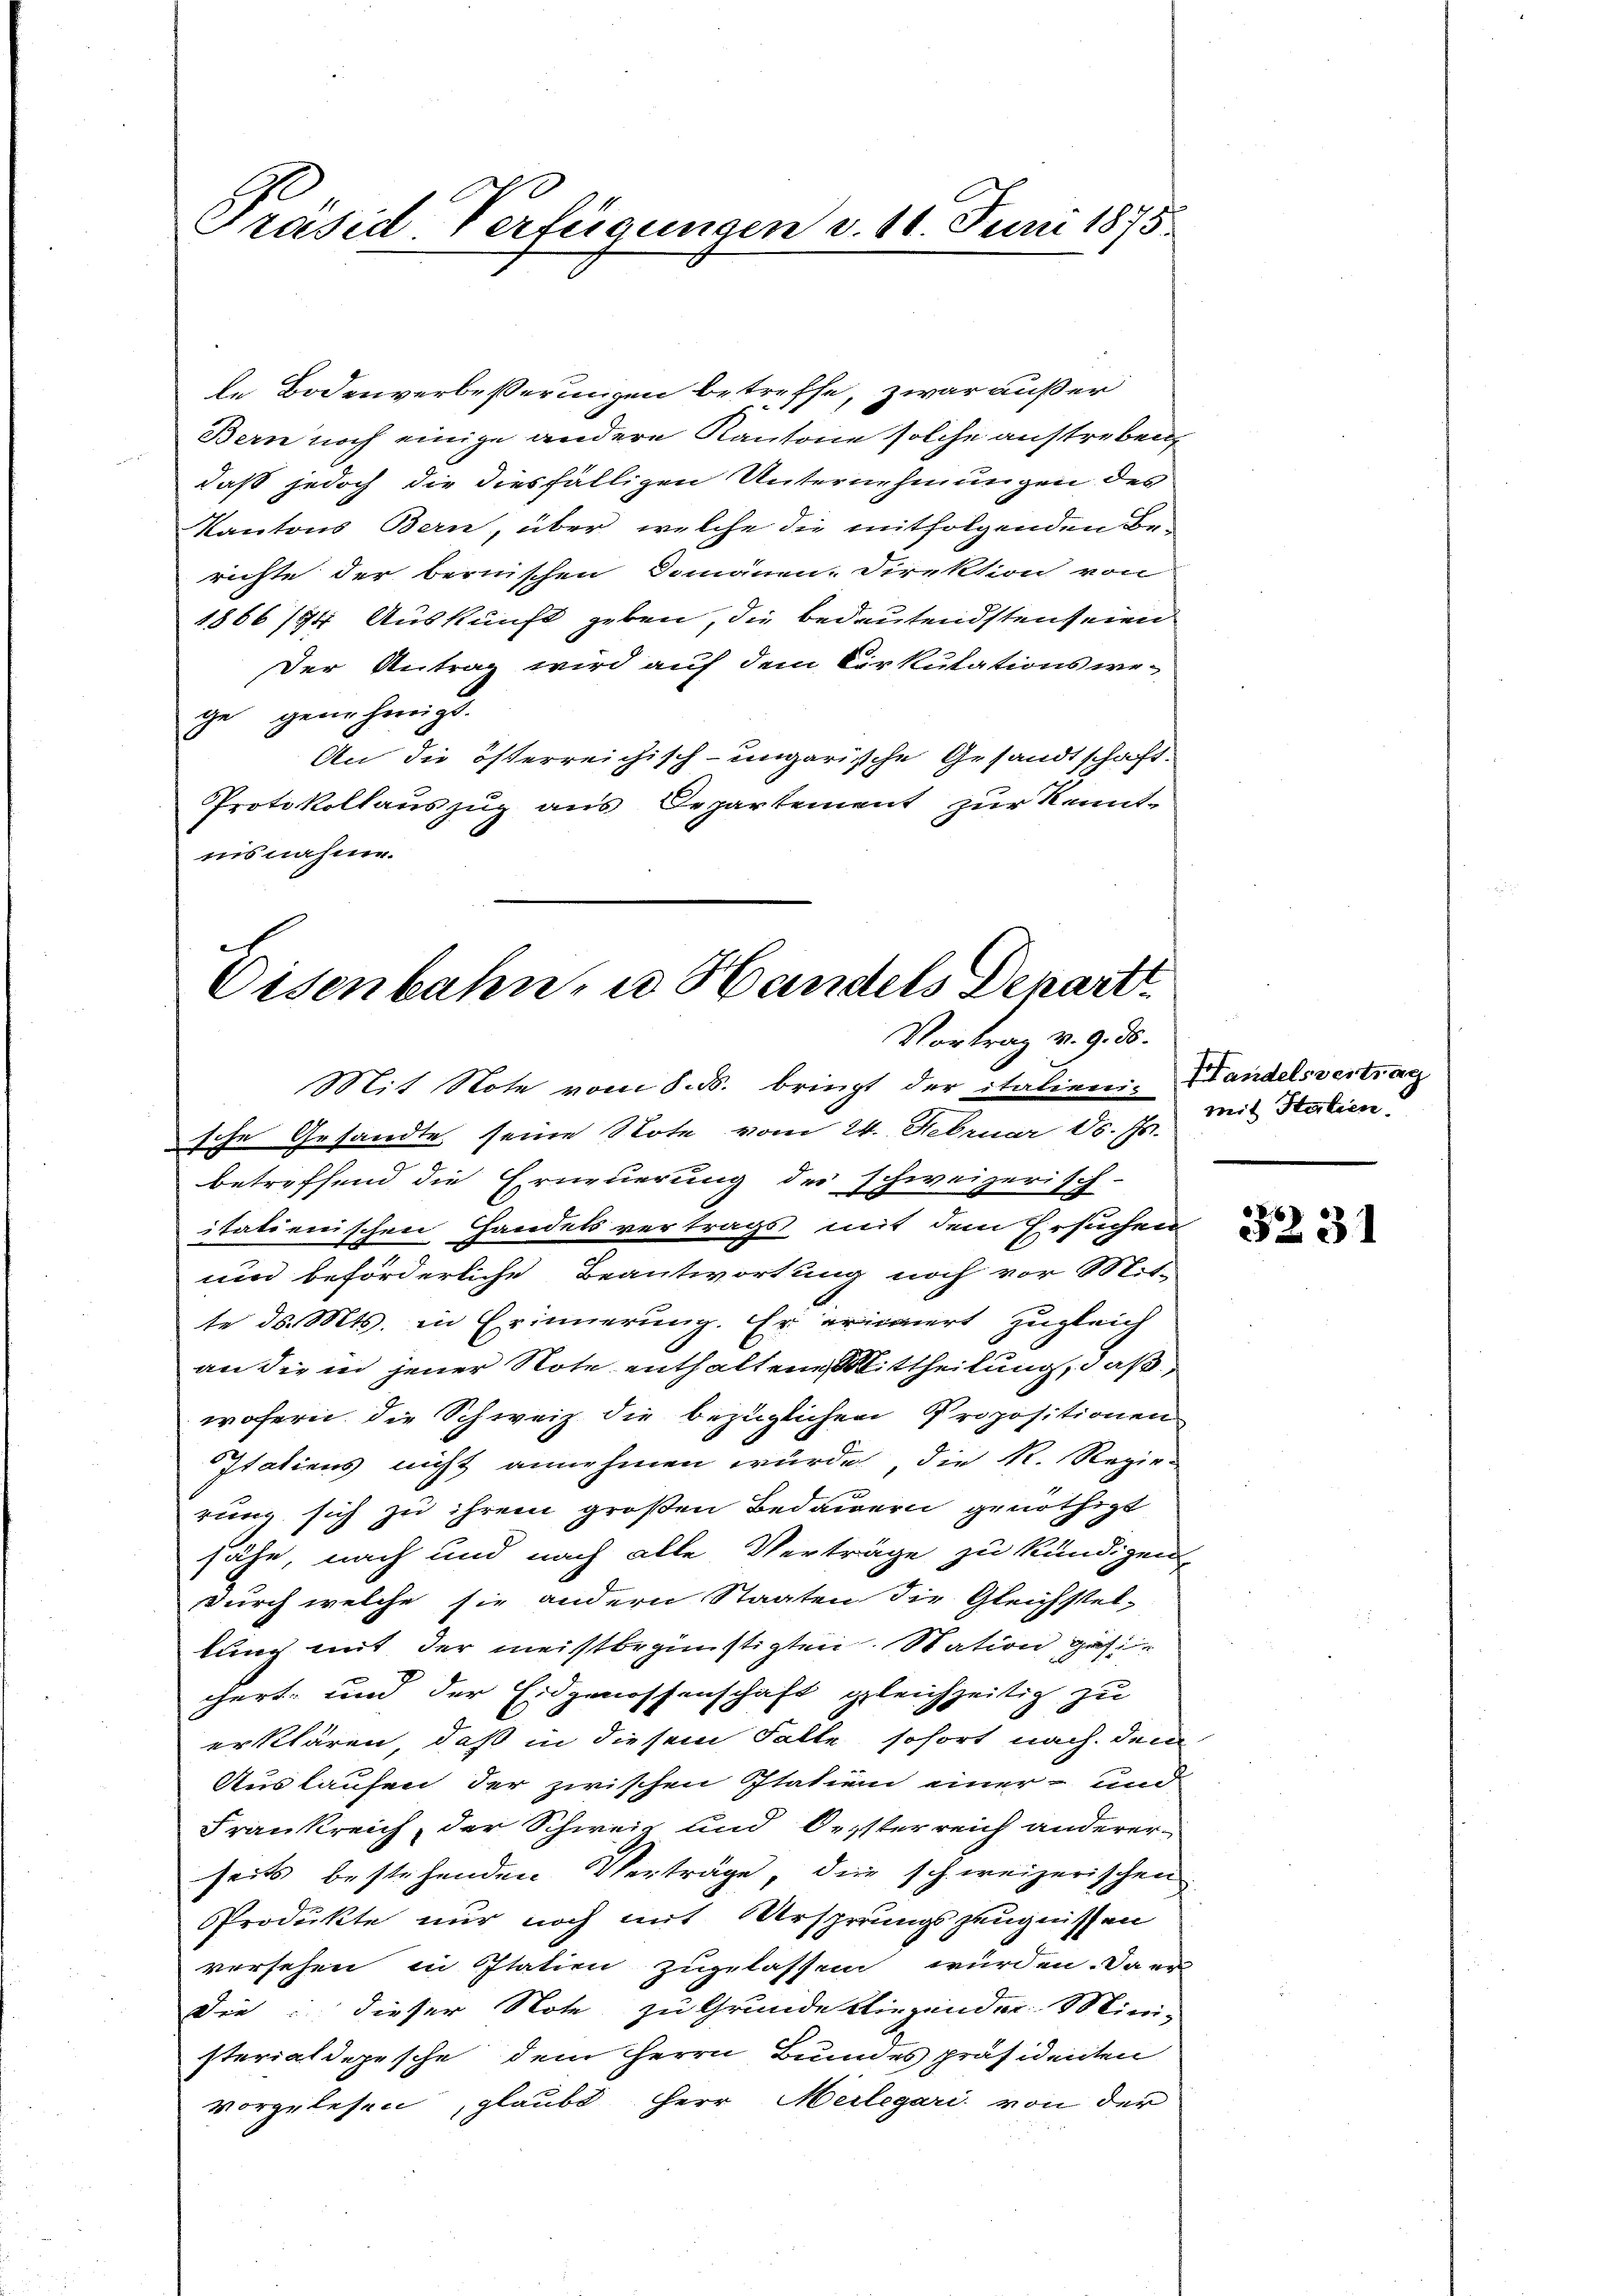
Präsid Verfügungen v. 16. Juni 1875

le Bodenverbeßerungen betreffe, zwar außer
Bern noch einige andere Kantone solche anstreben,
daß jedoch die diesfälligen Unternehmungen des
Kantons Bern, über welche die mitfolgenden Be-
richte der bernischen Domänen-Direktion von
1866/74 Auskunft geben, die bedeutendsten seien
Der Antrag wird auf dem Cirkulationswege gernehmigt.
An die österreichisch-ungarische Gesandtschaft.
Protokollauszug aus Departement zur Kennt-
nisnahme.

Oisenbahn, u. Handels Depart
Vortrag v. 9. ds.

Mit Note vom 8. ds. bringt der italieni- Handelsvertrag
sche Gesandte seine Note vom 24. Februar d. Js. mit Statien,
betreffend die Erneuerung des schweizerisch-
itatienischen Handels vertrags mit dem Ersuchen
um beförderliche Beantwortung noch vor Mit-
te ds. Mts. in Erinnerung. Er erinnert zugleich
an die in jener Note enthaltene Mittheilung, daß,
wofern die Schweiz die bezüglichen Propositionen
Itatiens nicht annehmen würde, die R. Regie-
rung sich zu ihrem großen Bedauern genöthigt
sähe, nach und nach alle Verträge zu kündigen,
durch welche sie andern Staaten die Gleichstel-
lung mit der meistbegünstigten Station gesi
chert, und der Eidgenossenschaft gleichzeitig zu
erklären, daß in diesem Falle sofort nach dem
Auslaufen der zwischen Statiend einer und
Frankreich, der Schweiz und Oesterreich anderer-
seits bestehenden Verträge, die schweizerischen
Produkte nur noch mit Ursprungszeugnissen
versehen in Itatien zugelassen würden. Da er
Die: dieser Note zu Grunde bliegender Mini-
sterialdepesche dem Herrn Bundes präsidenten
vorgelesen, glaubt Herr Meilegari von der

3231